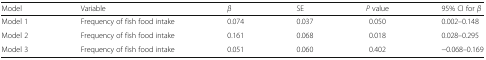
<table><thead><tr><td><b>Model</b></td><td><b>Variable</b></td><td><b><i>β</i></b></td><td><b>SE</b></td><td><b><i>P</i> value</b></td><td><b>95% CI for <i>β</i></b></td></tr></thead><tbody><tr><td>Model 1</td><td>Frequency of fish food intake</td><td>0.074</td><td>0.037</td><td>0.050</td><td>0.002–0.148</td></tr><tr><td>Model 2</td><td>Frequency of fish food intake</td><td>0.161</td><td>0.068</td><td>0.018</td><td>0.028–0.295</td></tr><tr><td>Model 3</td><td>Frequency of fish food intake</td><td>0.051</td><td>0.060</td><td>0.402</td><td>−0.068–0.169</td></tr></tbody></table>